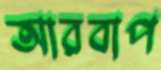
আরবাপ